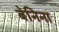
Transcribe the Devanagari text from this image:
बेनिना